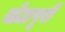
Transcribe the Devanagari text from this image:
वोटापूरी